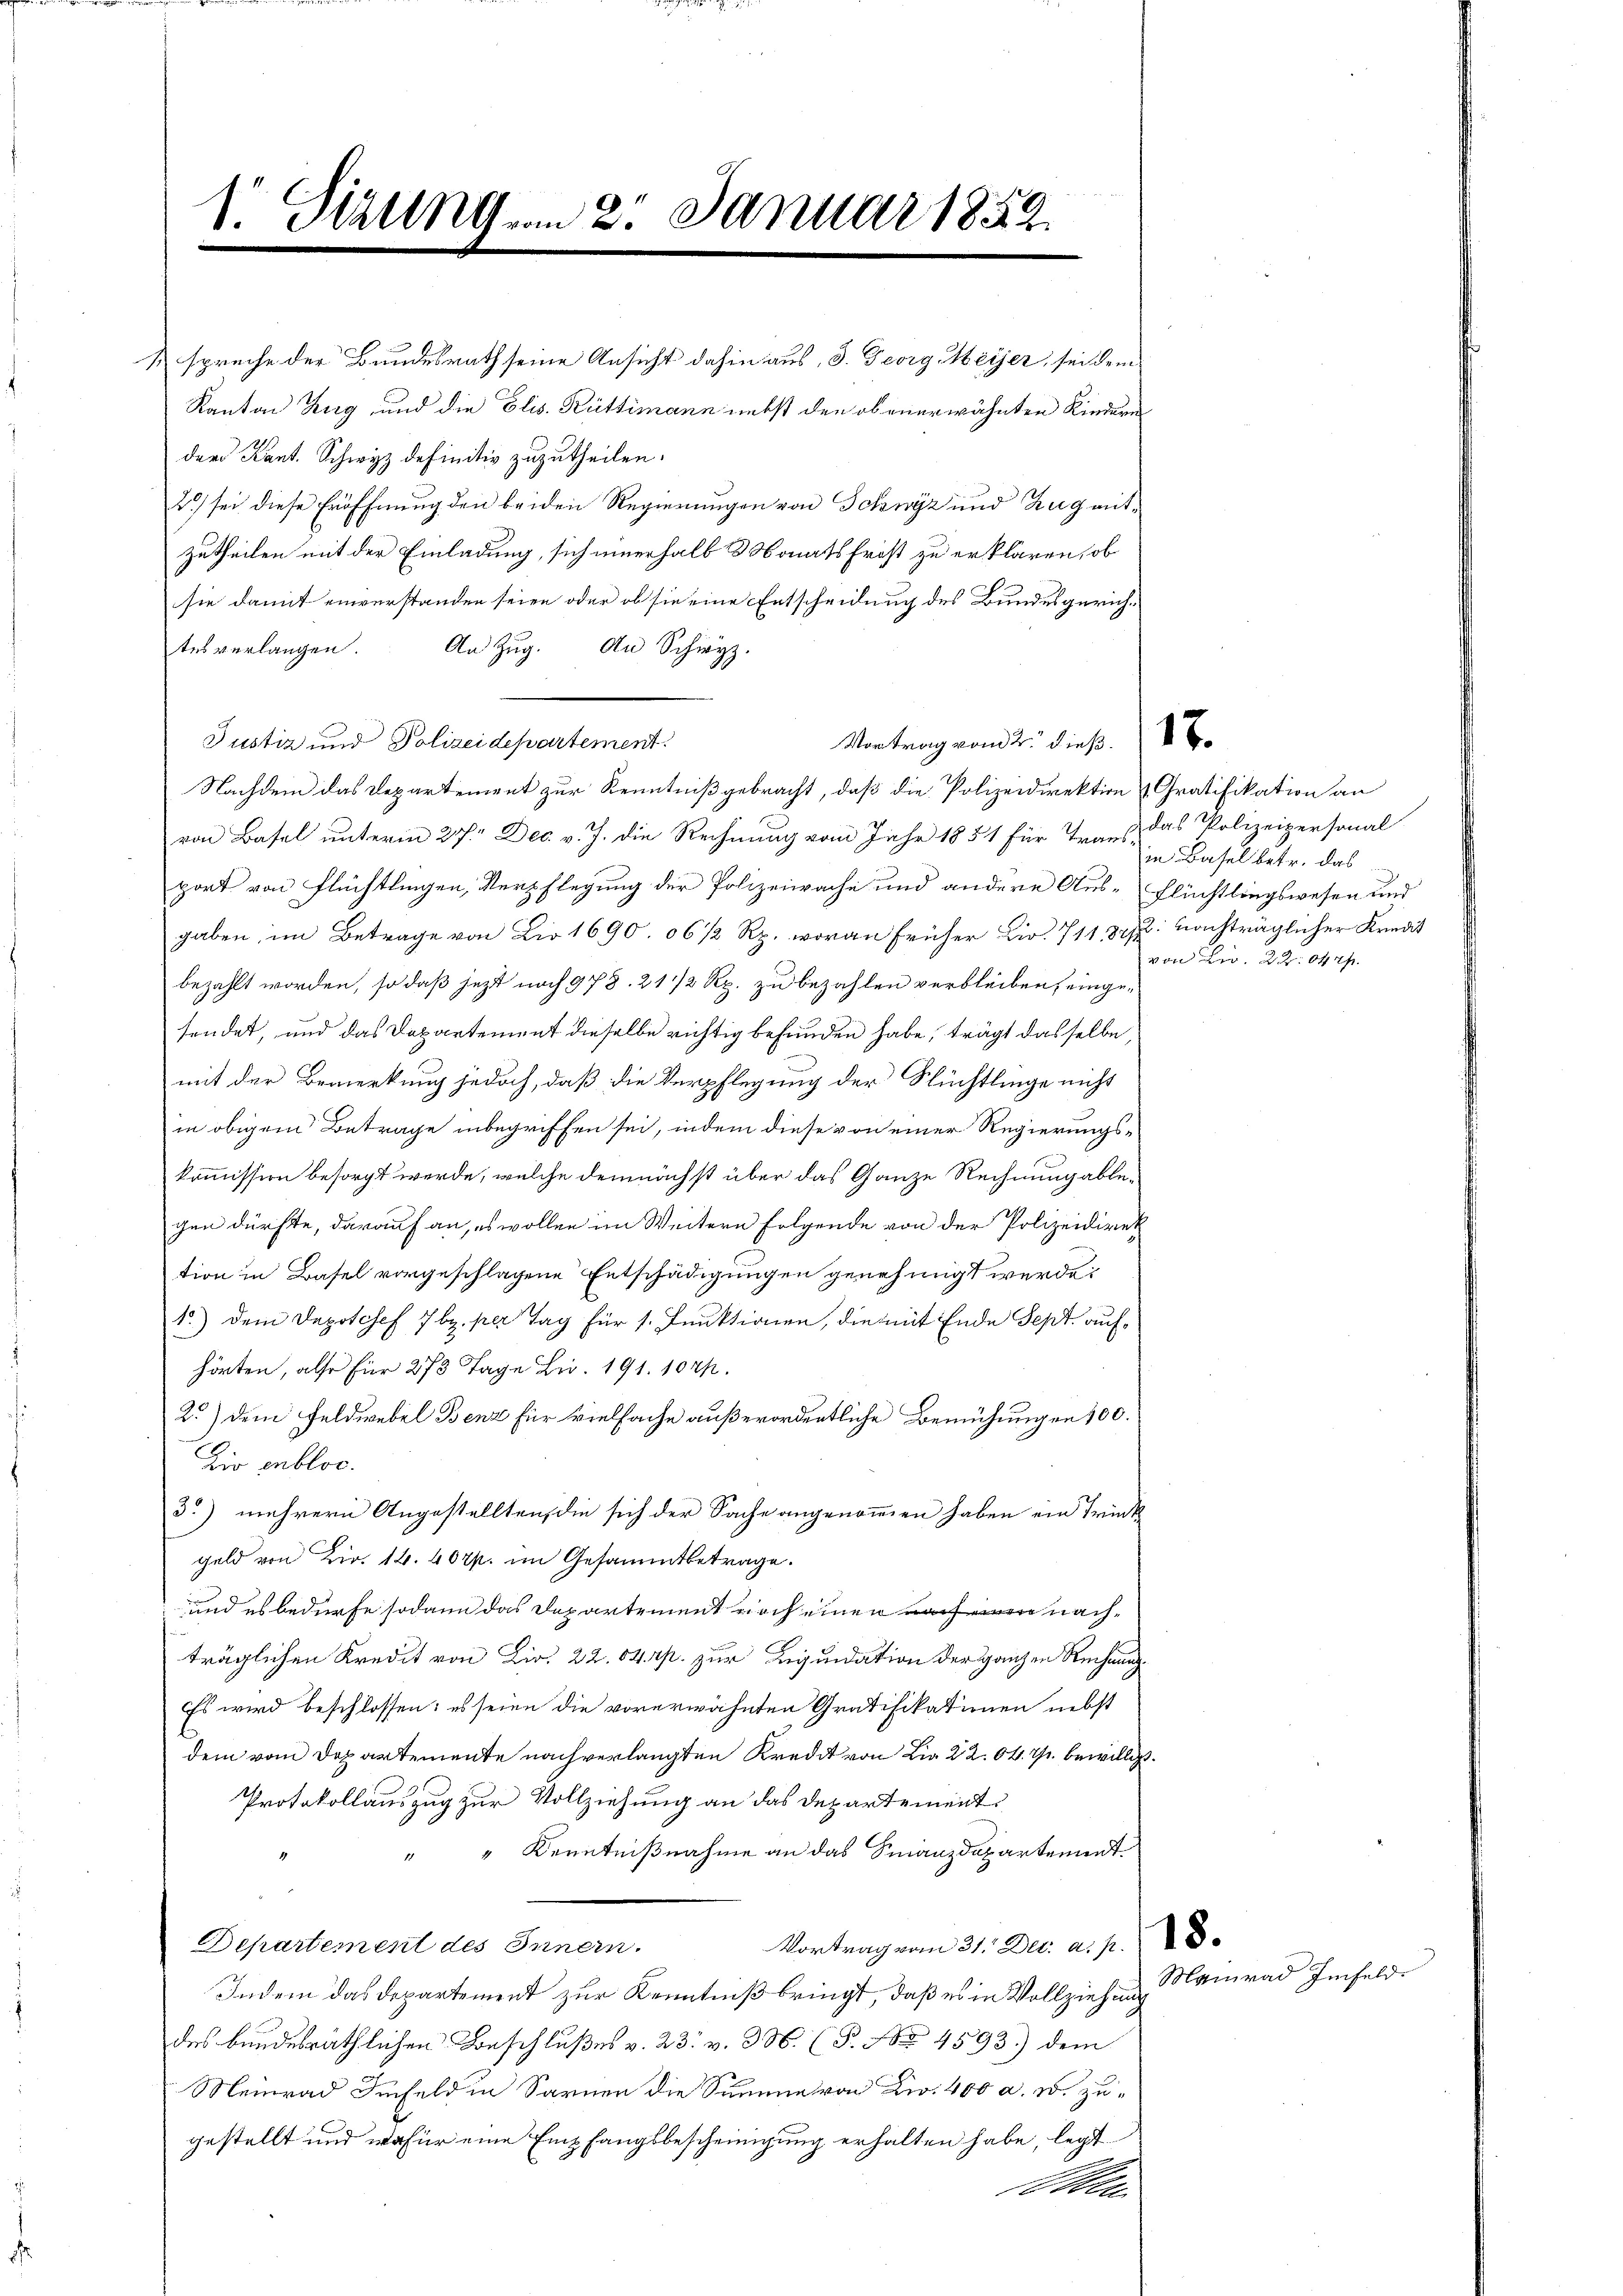
1. Sirung vom 2. Januar 1859.

1 spreche der Bundesrath seine Ansicht dahin aus, 3. Georg Meier, sei dem
Kanton Zug, und die Elis. Rüttimann nebst den obenerwähnten Kindern
der Kant. Schwyz definitiv zuzutheilen.
2) sei diese Eröffnung den beiden Regierungen von Schwyz und Zug mitzutheilen mit der Einladung, sich einerhalb Monatsfrist zu erklären, ob
sie damit einverstanden seien oder ob sie eine Entscheidung des Bundesgerichtesverlangen. An Zŭg. An Schwyz.
Justiz und Polizeidepartement
Nachdem das Departement zur Kenntniß gebracht, daß die Polizeidirektion Gratifikation an
von Basel unterm 27. Dec. v. J. die Rechnung vom Jahr 1851 für Trans das Polizeipersonal
port von Flüchtlingen, Verpflegung der Polizeiwache und andere Aus-Flüchtlingswesen und
gaben, im Betrage von Dir 1690. 06 1/2 Rp. woran früher Bir. 711. 87. nachträglicher Kredit
bezahlt worden, so daß jezt noch 978. 21 1/2 Rp. zu bezahlen verbleiben, eingesendet, und das Departement dieselbe richtig befunden habe, trägt dasselbe,
mit der Bemerkung jedoch, daß die Verpflegung der Stüchtlinge nicht
in obigem Betrage inbegriffen sei, indem diese von einer Regierungskommission besorgt werde, welche demnächst über das Ganze Rechnung ablegen dürfte, darauf an, es wollen im Weitern folgende von der Polizeidirek
tion in Basel vorgeschlagene Entschädigungen genehmigt werde.
1) dem Depotosef 7bz. per Tag für s. Funktionen, die mit Ende Sept. aufhörten, also für 273 Tage Bir. 191. 1041.
2.) dem Feldwebel Benz für vielfache außerordentliche Bemühungen 100.
Zir erblos.
3) mehrern Angestellten, die sich der Sache angenommen haben ein Trink
geld von Fr. 14. 407. im Gesammtbetrage.
und es bedürfe sodann das Departement noch einen nach einen nachträglichen Kredit von Liv. 22. 84. p. zur Liquidation der ganzen Rechnung
Es wird beschlossen: es seien die vorerwähnten Gratifikationen nebst
dem vom Departemente nach verlangten Kredit von Lia 22. 64. 7. bewilligt.
Protokollauszug zur Vollziehung an das Departement
" Kenntnißnahme an das Finanzdepartement.
Departement des Innern.
Vortrag vom 31. Der. a. p. 28.
Indem das Departement zur Kenntniß bringt, daß es in Vollziehung
des bundesräthlichen Beschlußes v. 23. v. 3. (P. No. 4593) dem
Meinrad Iinfeld in Sarnen die Summe von Zw. 400 a. W. zugestellt und wofür eine Empfangsbescheinigung erhalten habe, legt
Olten

Vortrag vom 2. dieß.

18.

in Basel betr. das
von Liv. 22. Oh rp.

Mainrad Imfeld.